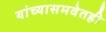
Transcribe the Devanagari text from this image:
यांच्यासमवेतही